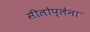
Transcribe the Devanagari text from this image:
सीलोप्लेना